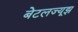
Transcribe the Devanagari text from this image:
बेटलज्यूझ